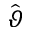
\hat { \vartheta }